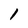
Character: l